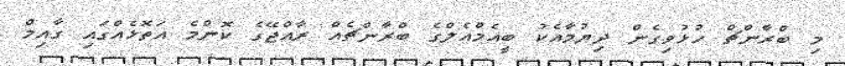
މި ބްރާންޗް ހުޅުވިގެން ދިޔުމާއެކު ބީއެމްއެލްގެ ބްރާންޗެއް ރާއްޖޭގެ ކޮންމެ އަތޮޅެއްގައި ގާއިމް